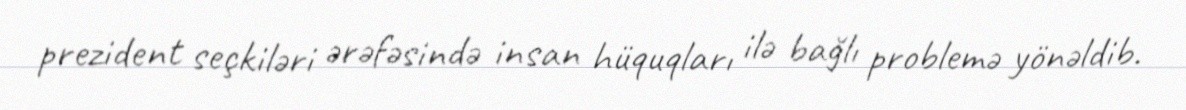
prezident seçkiləri ərəfəsində insan hüquqları ilə bağlı problemə yönəldib.